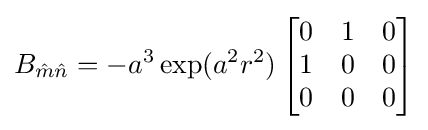
B_{{\hat {m}}{\hat {n}}}=-a^{3}\exp(a^{2}r^{2})\left[{\begin{matrix}0&1&0\\1&0&0\\0&0&0\end{matrix}}\right]